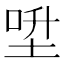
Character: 𡌍